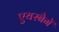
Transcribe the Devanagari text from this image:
एयरबैगें